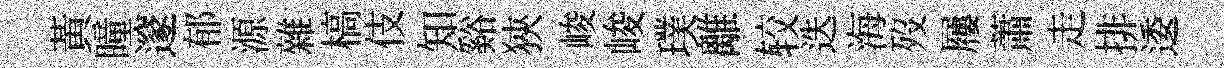
黃瞳邃郁源雜槁伎知谿狹峻峻璞離较迭海歿屨蕭走排逶